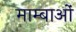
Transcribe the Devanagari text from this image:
माम्बाओं